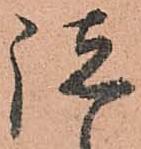
諸